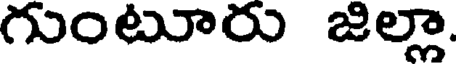
గుంటూరు జిల్లా.